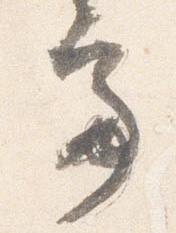
亭